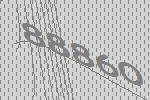
88860